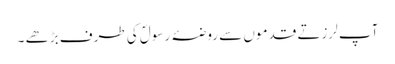
آپ لرزتے قدموں سے روضۂ رسولؐ کی طرف بڑھے ۔